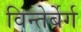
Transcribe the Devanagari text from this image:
विन्तेर्बेर्ग